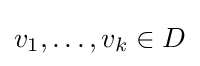
v_{1},\dots ,v_{k}\in D